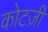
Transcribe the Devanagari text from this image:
कोटज़ी